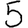
Digit: 5